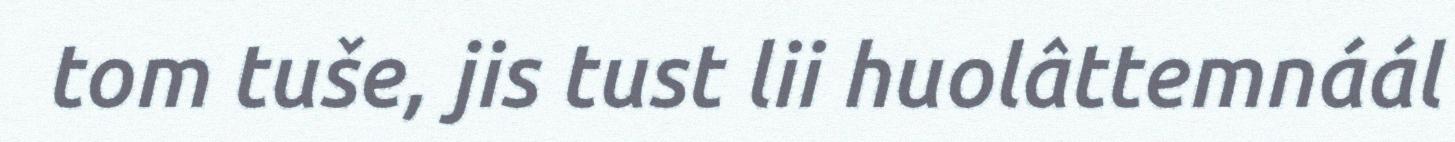
tom tuše, jis tust lii huolâttemnáál